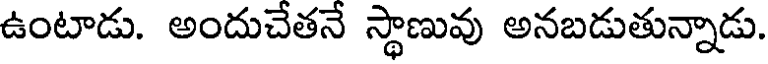
ఉంటాడు. అందుచేతనే స్థాణువు అనబడుతున్నాడు.